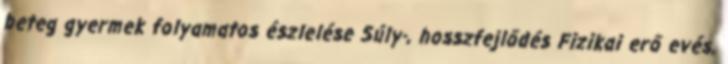
beteg gyermek folyamatos észlelése Súly-, hosszfejlődés Fizikai erő evés,